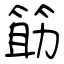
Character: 筯